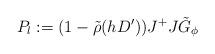
LaTeX: \begin{align*}P_l :=(1- \tilde\rho (hD'))J^+ J \tilde G_\phi\end{align*}